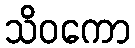
သိဝကော